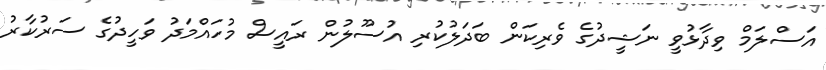
އަސްލަމް ވިދާޅުވީ ނަޝީދުގެ ވެރިކަން ބަދަލުކުރި އުސޫލުން ރައީސް މުހައްމަދު ވަހީދުގެ ސަރުކާރު